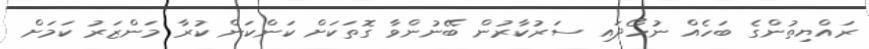
ރައްޔިތުންގެ ބަހެއް ނުހޯދައި ސަރުކާރުން ބޭނުންވާ ގޮތަކަށް ކަންކަން ކުރާ މަންޒަރު ކަަމަށް